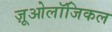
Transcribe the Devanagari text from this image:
ज़ूओलॉजिकल